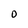
Character: O